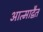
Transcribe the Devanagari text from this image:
आत्माद्वैत